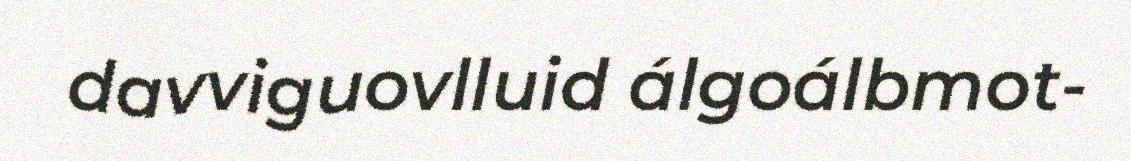
davviguovlluid álgoálbmot-